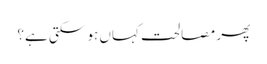
پھر مصالحت کہاں ہو سکتی ہے؟